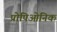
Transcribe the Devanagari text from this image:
प्रोपिओनिक